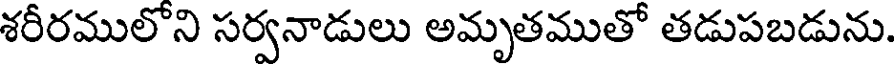
శరీరములోని సర్వనాడులు అమృతముతో తడుపబడును.